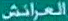
العرائش